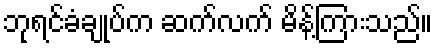
ဘုရင်ခံချုပ်က ဆက်လက် မိန့်ကြားသည်။